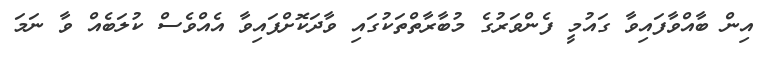
އިން ބާއްވާފައިވާ ގައުމީ ފެންވަރުގެ މުބާރާތްތަކުގައި ވާދަކޮށްފައިވާ އެއްވެސް ކުލަބެއް ވާ ނަމަ